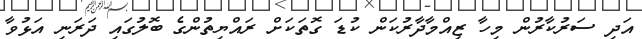
އަދި ސަރުކާރުން މިހާ ޒިއްމާދާރުކަން ކުޑަ ގޮތަކަށް ރައްޔިތުންގެ ބޮލުގައި ދަރަނި އަޅުވާ